Scottish Leaving Certificate Examination, 1957
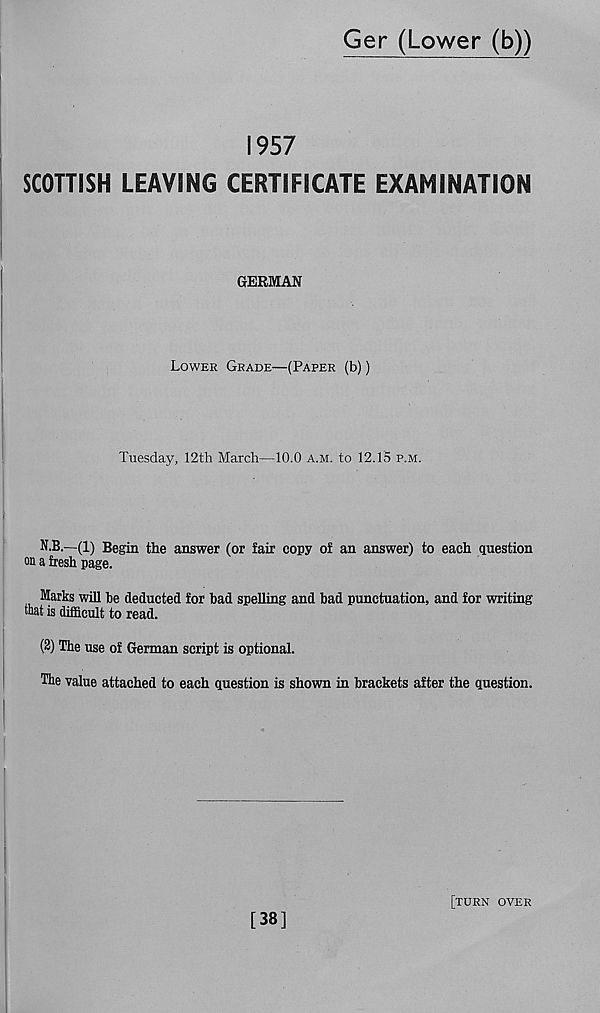
Ger (Lower (b))
1957
SCOTTISH LEAVING CERTIFICATE EXAMINATION
GERMAN
Lower Grade—(Paper (b))
Tuesday, 12th March—10.0 a.m. to 12.15 p.m.
N.B.—(1) Begin the answer (or fair copy of an answer) to each question
on a fresh page.
Marks will he deducted for bad spelling and bad punctuation, and for writing
that is difficult to read.
(2) The use of German script is optional.
The value attached to each question is shown in brackets after the question.
[38]
[turn over